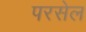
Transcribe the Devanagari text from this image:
परसेल